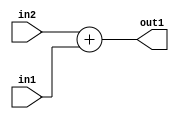
`timescale 1ps / 1ps
/*****************************************************************************
    Verilog RTL Description
    
    
    Created by: Stratus DpOpt 21.05.01 
*******************************************************************************/

module SobelFilter_Add_24Ux10U_24U_4 (
	in2,
	in1,
	out1
	); /* architecture "behavioural" */ 
input [23:0] in2;
input [9:0] in1;
output [23:0] out1;
wire [23:0] asc001;

assign asc001 = 
	+(in2)
	+(in1);

assign out1 = asc001;
endmodule

/* CADENCE  urnxTQg= : u9/ySxbfrwZIxEzHVQQV8Q== ** DO NOT EDIT THIS LINE ******/